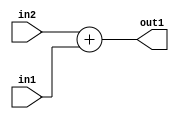
`timescale 1ps / 1ps
/*****************************************************************************
    Verilog RTL Description
    
    
    Created by: Stratus DpOpt 21.05.01 
*******************************************************************************/

module SobelFilter_Add_24Ux10U_24U_4 (
	in2,
	in1,
	out1
	); /* architecture "behavioural" */ 
input [23:0] in2;
input [9:0] in1;
output [23:0] out1;
wire [23:0] asc001;

assign asc001 = 
	+(in2)
	+(in1);

assign out1 = asc001;
endmodule

/* CADENCE  urnxTQg= : u9/ySxbfrwZIxEzHVQQV8Q== ** DO NOT EDIT THIS LINE ******/